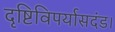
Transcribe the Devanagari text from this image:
दृष्टिविपर्यासदंड।